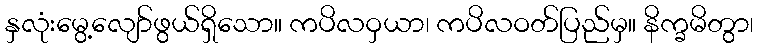
နှလုံးမွေ့လျော်ဖွယ်ရှိသော။ ကပိလဝှယာ၊ ကပိလဝတ်ပြည်မှ။ နိက္ခမိတွာ၊